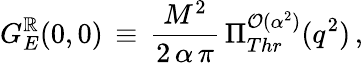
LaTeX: G_{E}^{\mathbb{R}}(0,0)\, \equiv\, \frac{{M^{2}}}{{2\, \alpha\, \pi}}\, \Pi_{Thr}^{{\cal{O}}(\alpha^{2})}(q^{2})\, ,